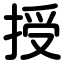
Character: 授